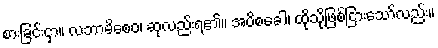
စားခြင်းငှာ။ လဘာမိစေဝ၊ ဆုလည်းရ၏။ အပိစခေါ၊ ထိုသို့ဖြစ်ငြားသော်လည်း။